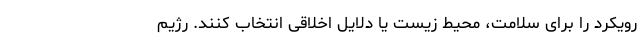
رویکرد را برای سلامت، محیط زیست یا دلایل اخلاقی انتخاب کنند. رژیم